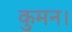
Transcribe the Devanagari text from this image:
कुमन।